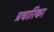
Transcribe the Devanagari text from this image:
प्रचारिका